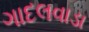
ગાદલવાડા